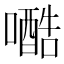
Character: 𱕆